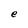
Character: e